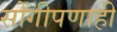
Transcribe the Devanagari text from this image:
सोंगीपणाही